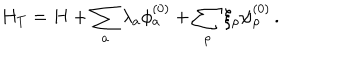
LaTeX: H _ { T } = H + \sum _ { a } \lambda _ { a } \phi _ { a } ^ { ( 0 ) } + \sum _ { \rho } \xi _ { \rho } \psi _ { \rho } ^ { ( 0 ) } \, .